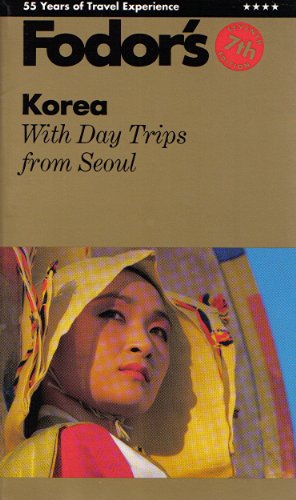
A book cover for Fodor-Korea Seventh Edition; Fodor's; Travel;